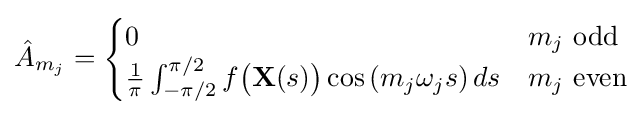
{\hat {A}}_{m_{j}}={\begin{cases}0&m_{j}{\text{ odd}}\\{\frac {1}{\pi }}\int _{-\pi /2}^{\pi /2}f{\bigl (}\mathbf {X} (s){\bigr )}\cos \left(m_{j}\omega _{j}s\right)ds&m_{j}{\text{ even}}\end{cases}}